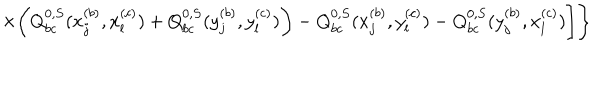
LaTeX: \times \bigg ( Q _ { b c } ^ { 0 , S } ( x _ { j } ^ { ( b ) } , x _ { l } ^ { ( c ) } ) + Q _ { b c } ^ { 0 , S } ( y _ { j } ^ { ( b ) } , y _ { l } ^ { ( c ) } ) \bigg ) - Q _ { b c } ^ { 0 , S } ( x _ { j } ^ { ( b ) } , y _ { l } ^ { ( c ) } ) - Q _ { b c } ^ { 0 , S } ( y _ { j } ^ { ( b ) } , x _ { l } ^ { ( c ) } ) \Bigg ] \Bigg \}